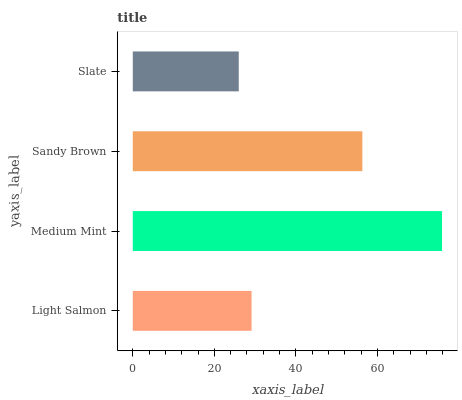
| yaxis_label | bars |
 | --- | --- |
 | Light Salmon | 29.1 |
 | Medium Mint | 75.8 |
 | Sandy Brown | 56.3 |
 | Slate | 26 |